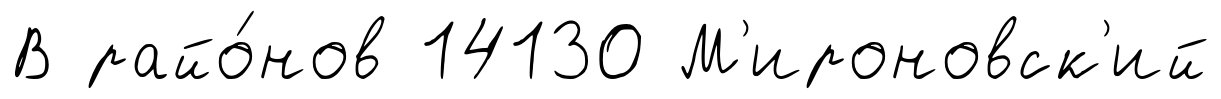
В райо́нов 14130 М'ироновск'ий